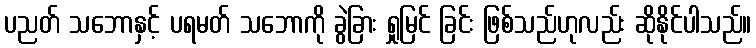
ပညတ် သဘောနှင့် ပရမတ် သဘောကို ခွဲခြား ရှုမြင် ခြင်း ဖြစ်သည်ဟုလည်း ဆိုနိုင်ပါသည်။